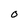
Character: U